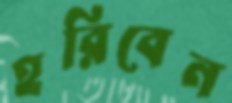
হরিবেন